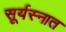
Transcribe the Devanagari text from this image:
सूर्यस्नात